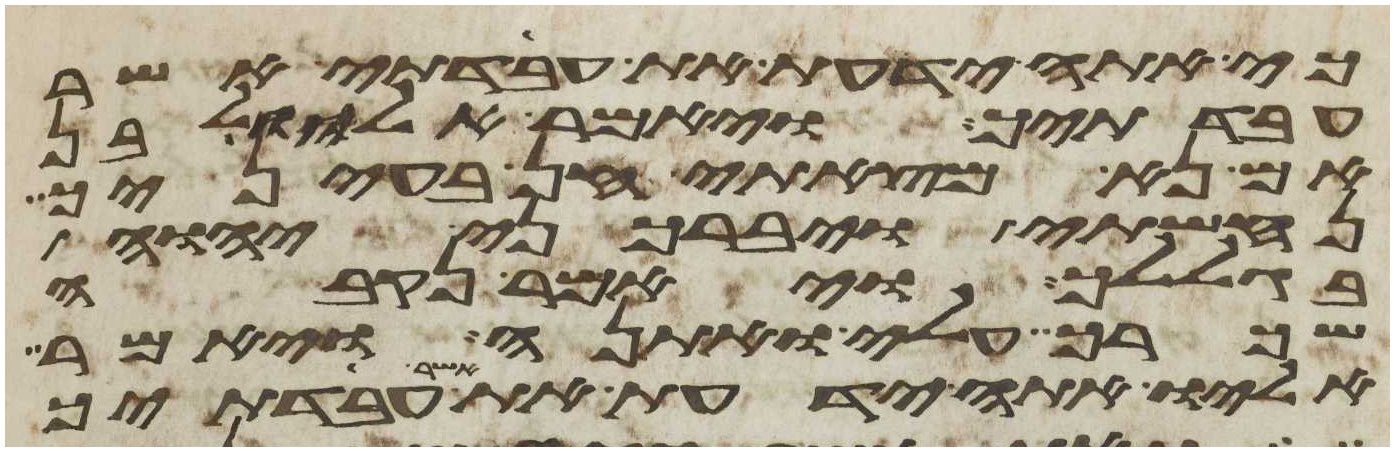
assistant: כי אתה ידעת את עבדתי אשר
עבדתיך ויאמר אליו לבן
אם נא מצאתי חן בעיניך
נחשתי ויברכני יהוה
בגללך ויאמר נקבה
שכרך עלי ואתנה ויאמר
אליו אתה ידעת את אשר עבדתיך